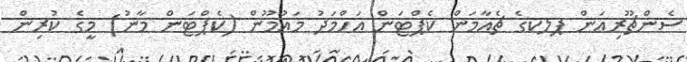
ސެންޗޫރިއަން ޕލކގެ ޗެއާމަން ކެޕްޓަން އަހްމަދު މައުމޫން (ކެޕްޓަން މާނު) މީގެ ކުރިން